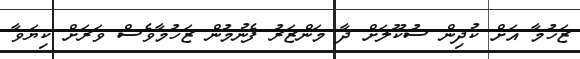
ޒަހުމާ އަށް ކުދިން ސުކޫލަށް ދާ މަންޒަރު ފެނުމުން ޒަހުމާވެސް ވަރަށް ކިޔަވާ